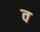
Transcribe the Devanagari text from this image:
व